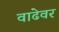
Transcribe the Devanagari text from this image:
वाढेवर